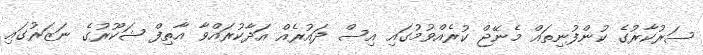
ސަރުކާރުގެ ކުންފުނިތައް މެނޭޖް ކުރެއްވުމުގައި އިސް ދައުރެއް އަދާކުރައްވާ އާތިފް ޝަކޫރުގެ ނަޒަރުގައި